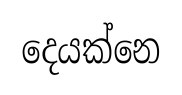
දෙයක්නෙ